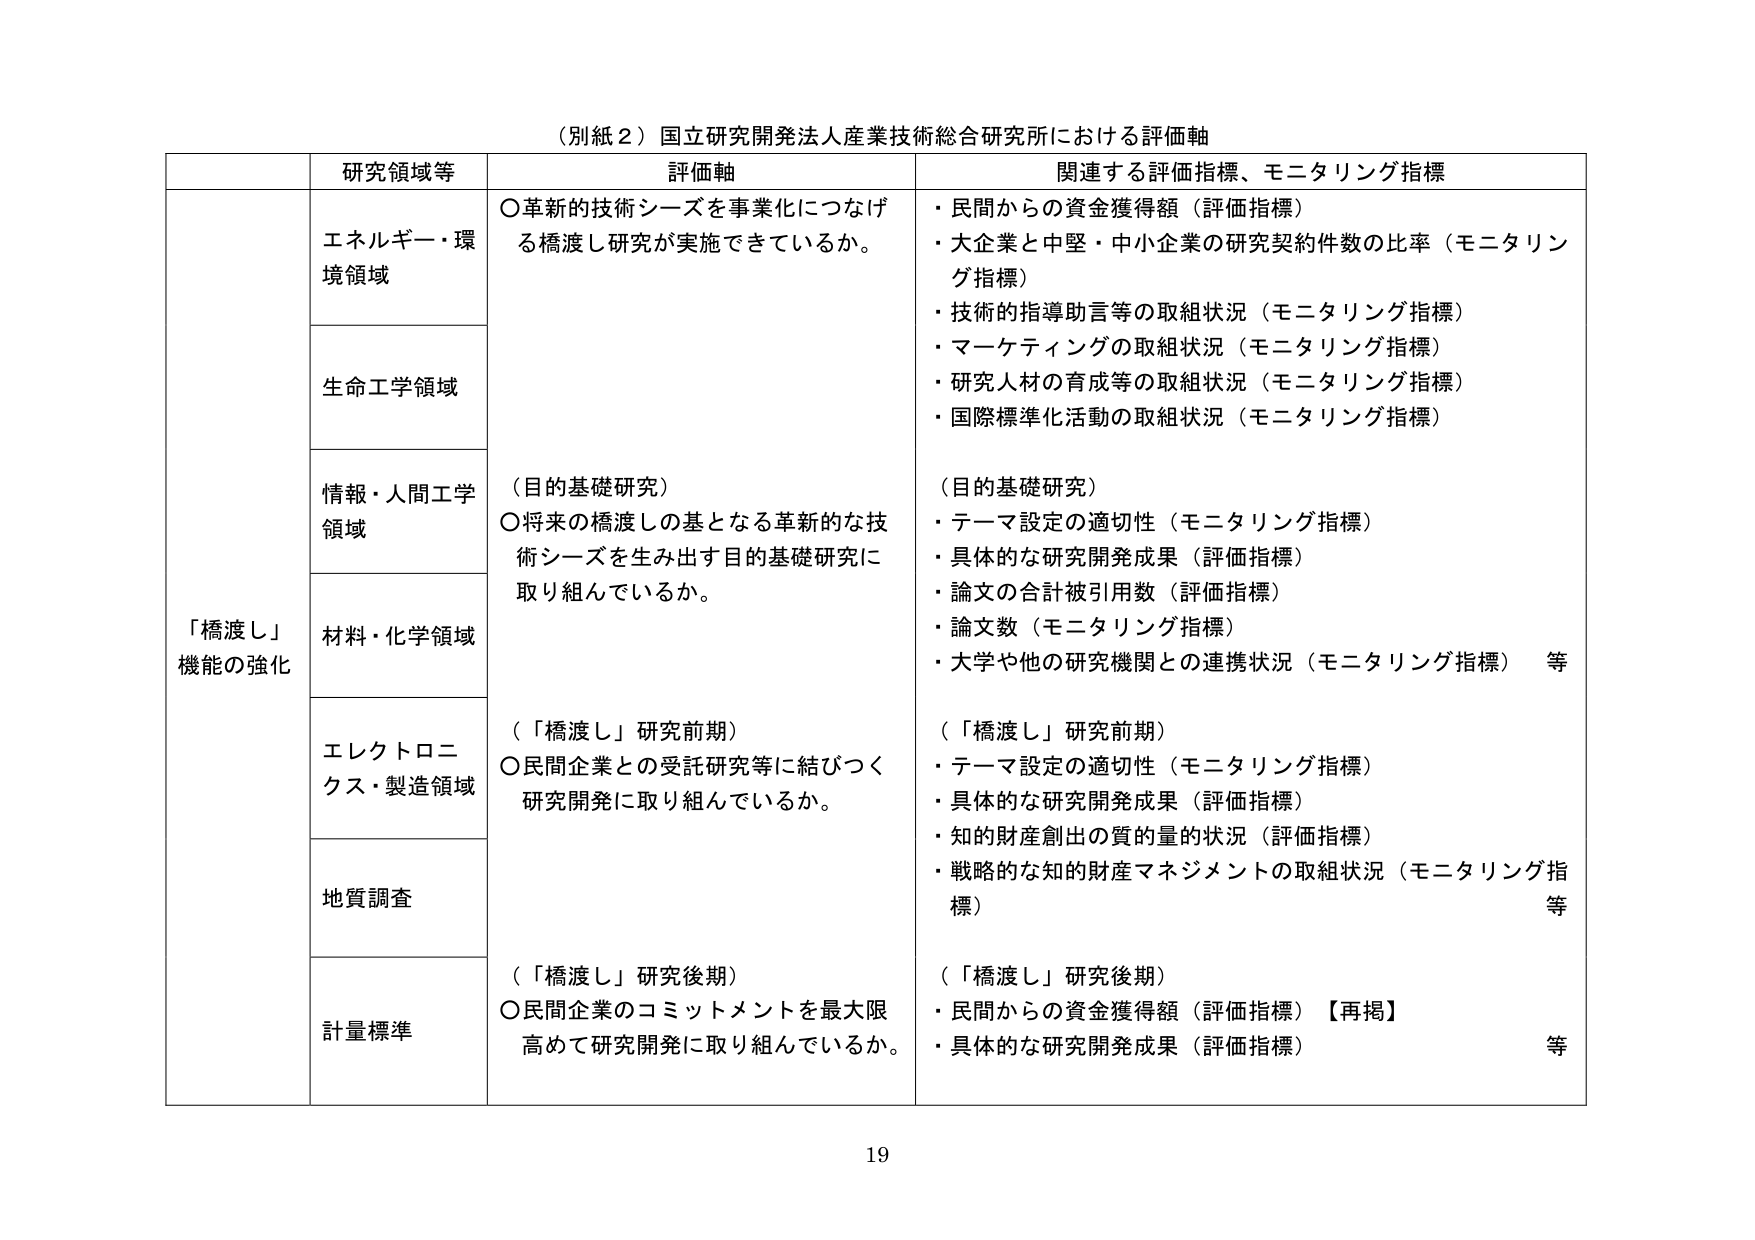
（別紙２）国立研究開発法人産業技術総合研究所における評価軸

研究領域等	評価軸	関連する評価指標、モニタリング指標
「橋渡し」機能の強化	エネルギー・環境領域	〇革新的技術シーズを事業化につなげる橋渡し研究が実施できているか。	・民間からの資金獲得額（評価指標）
・大企業と中堅・中小企業の研究契約件数の比率（モニタリング指標）
・技術的指導助言等の取組状況（モニタリング指標）
・マーケティングの取組状況（モニタリング指標）
・研究人材の育成等の取組状況（モニタリング指標）
・国際標準化活動の取組状況（モニタリング指標）
	生命工学領域	（目的基礎研究）
〇将来の橋渡しの基となる革新的な技術シーズを生み出す目的基礎研究に取り組んでいるか。	（目的基礎研究）
・テーマ設定の適切性（モニタリング指標）
・具体的な研究開発成果（評価指標）
・論文の合計被引用数（評価指標）
・論文数（モニタリング指標）
・大学や他の研究機関との連携状況（モニタリング指標）　等
	情報・人間工学領域
	材料・化学領域
	エレクトロニクス・製造領域	（「橋渡し」研究前期）
〇民間企業との受託研究等に結びつく研究開発に取り組んでいるか。	（「橋渡し」研究前期）
・テーマ設定の適切性（モニタリング指標）
・具体的な研究開発成果（評価指標）
・知的財産創出の質的量的状況（評価指標）
・戦略的な知的財産マネジメントの取組状況（モニタリング指標）　等
	地質調査
	計量標準	（「橋渡し」研究後期）
〇民間企業のコミットメントを最大限高めて研究開発に取り組んでいるか。	（「橋渡し」研究後期）
・民間からの資金獲得額（評価指標）【再掲】
・具体的な研究開発成果（評価指標）　等

19